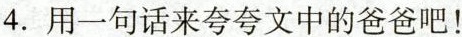
4. 用一句话来夸夸文中的爸爸吧！